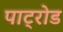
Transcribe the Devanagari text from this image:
पाट्रोड